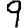
Digit: 9